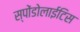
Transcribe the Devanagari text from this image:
स्पोंडोलाईटिस